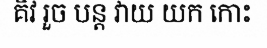
គិវ រួច បន្ត វាយ យក កោះ